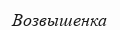
Возвышенка